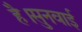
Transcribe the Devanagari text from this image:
है।सुनवाई